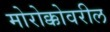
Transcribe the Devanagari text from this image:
मोरोक्कोवरील